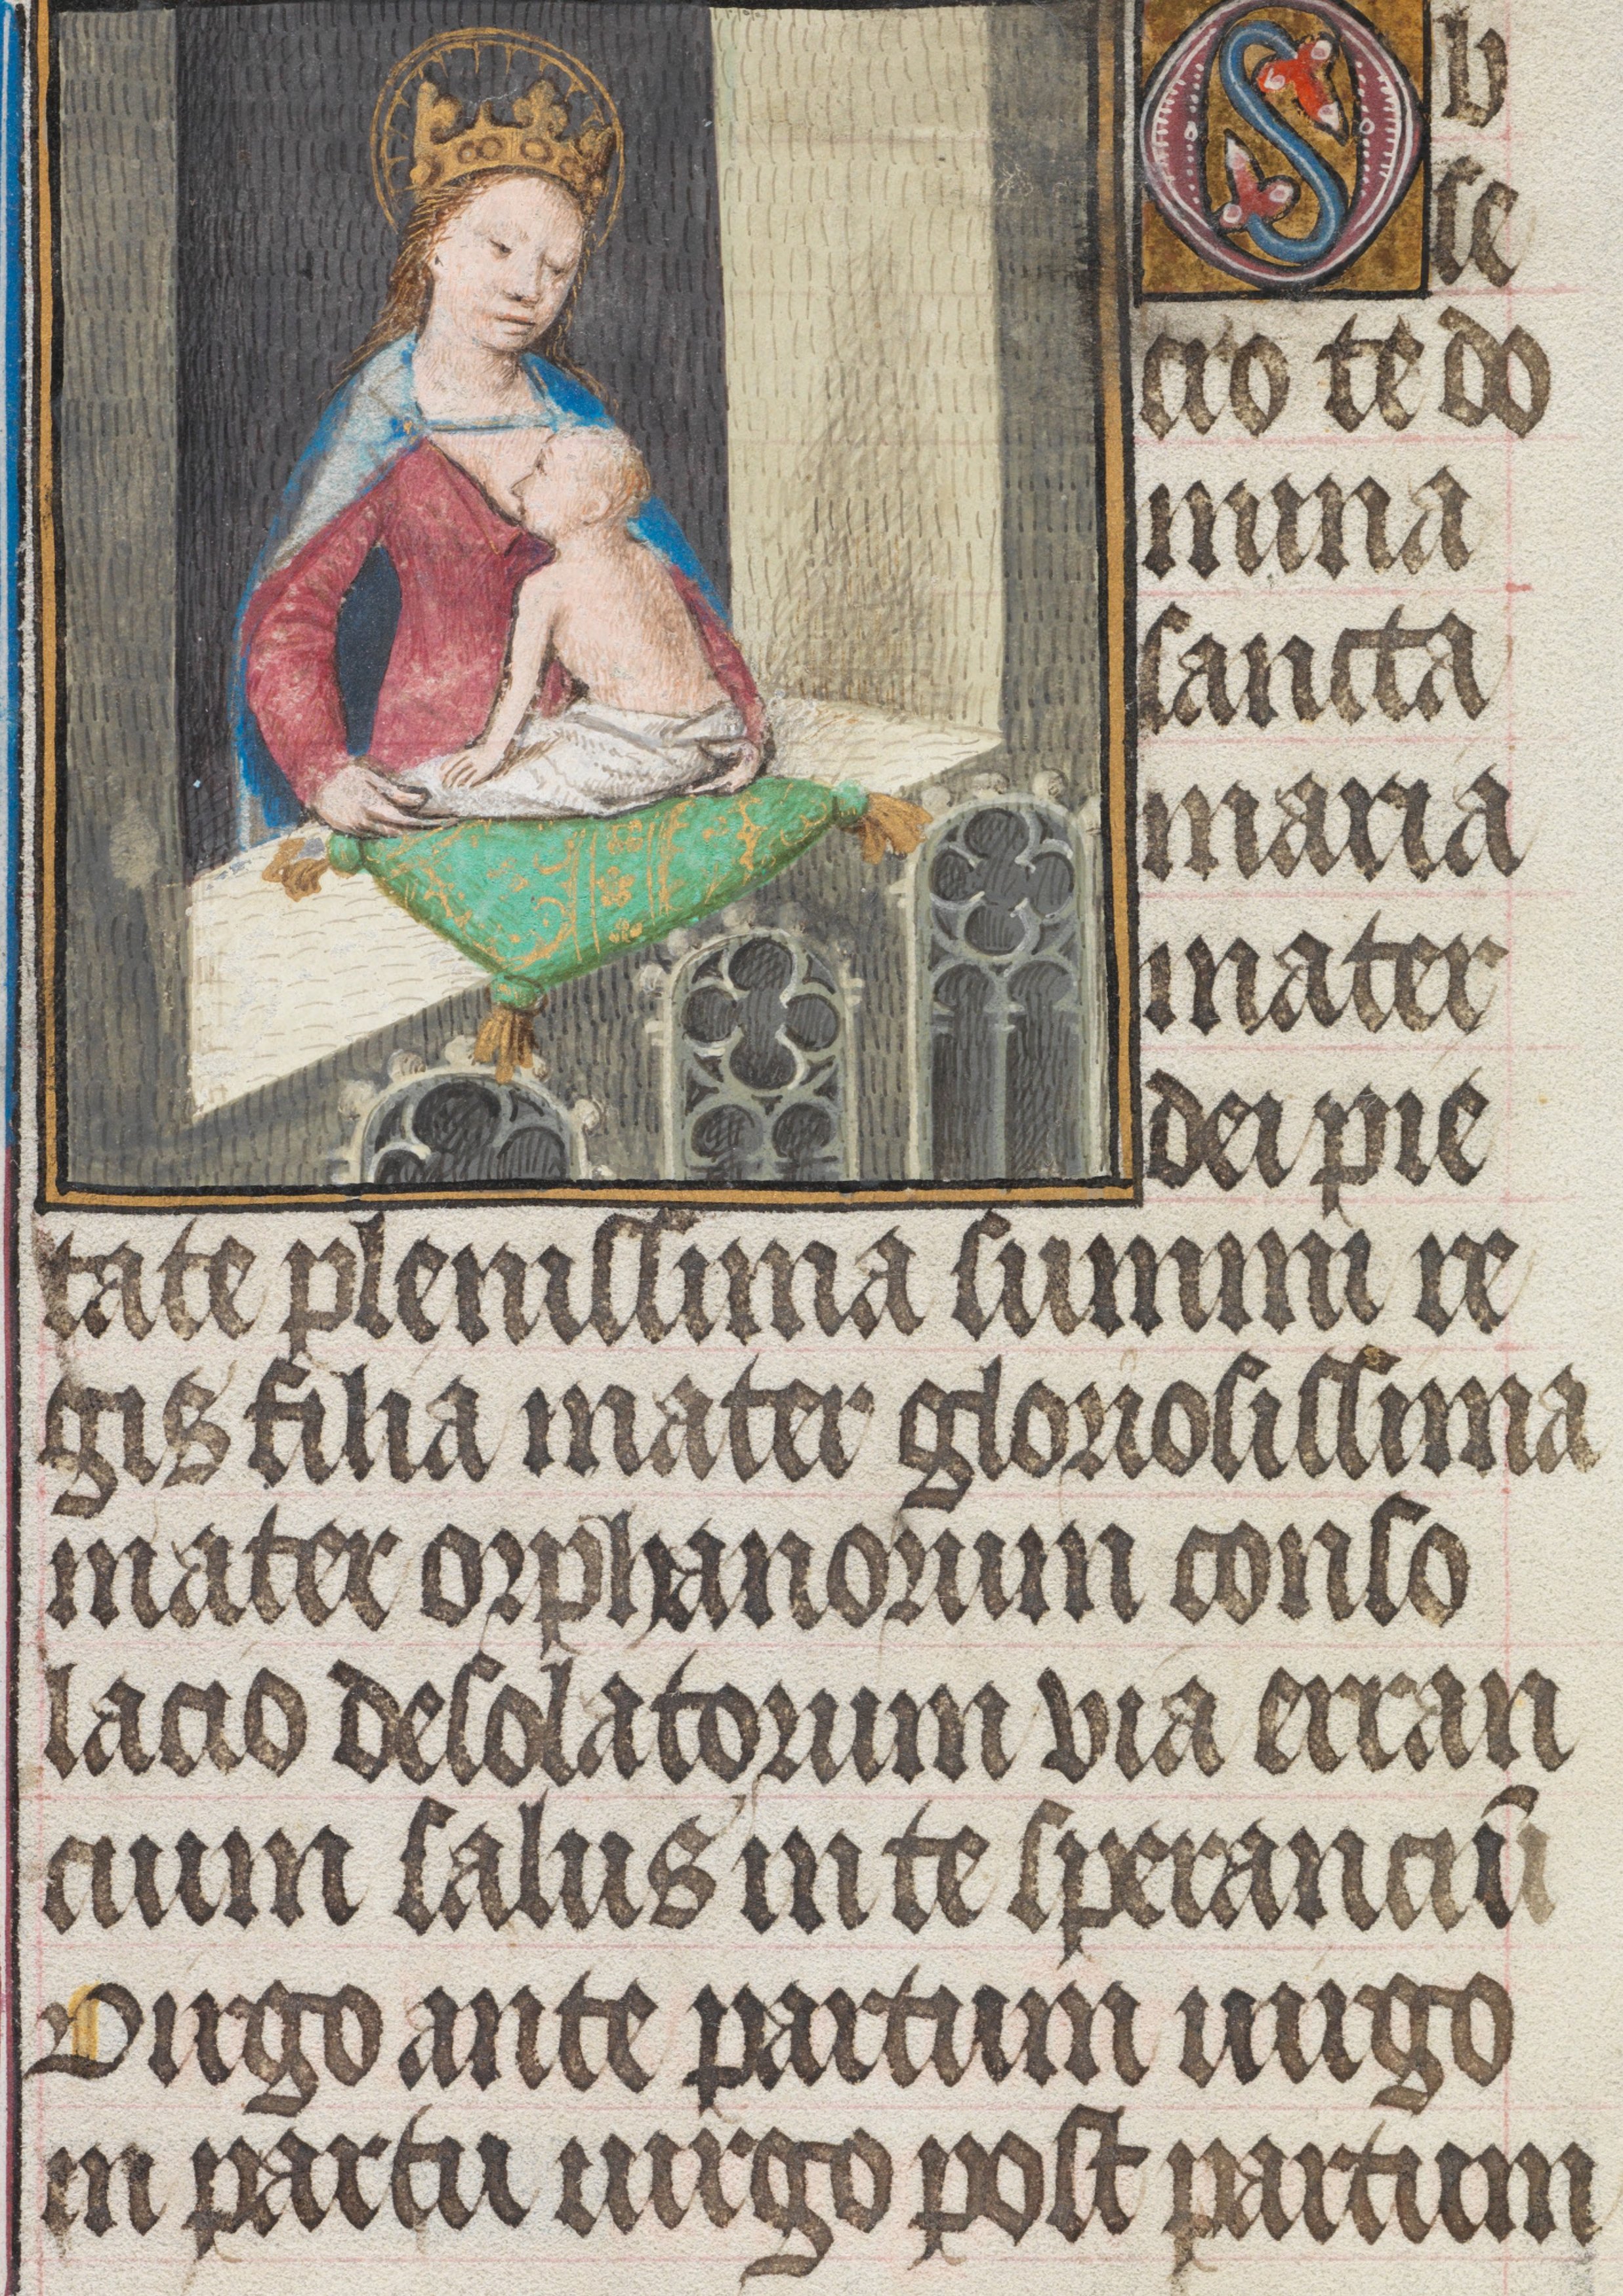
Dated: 1450–1499